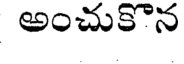
అంచుకొన